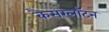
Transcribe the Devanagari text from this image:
कैसरलॉटन